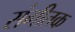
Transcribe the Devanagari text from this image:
संगीतक